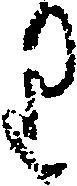
り